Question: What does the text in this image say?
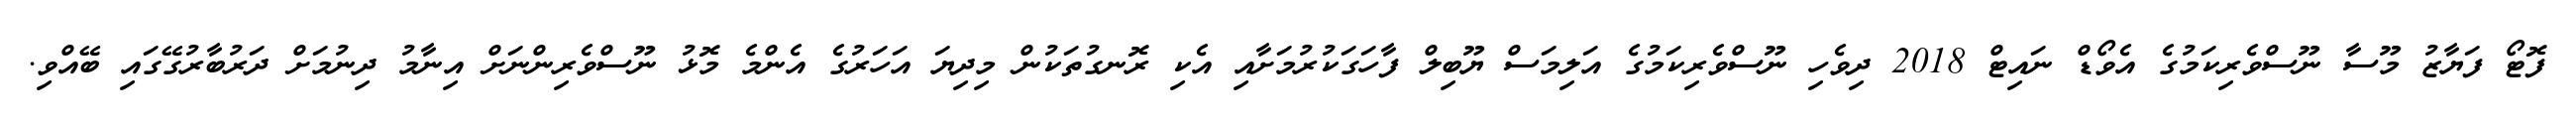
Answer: ފޮޓޯ ފަޔާޒު މޫސާ ނޫސްވެރިކަމުގެ އެވޯޑް ނައިޓް 2018 ދިވެހި ނޫސްވެރިކަމުގެ އަލިމަސް ޔޫބިލް ފާހަގަކުރުމަށާއި އެކި ރޮނގުތަކުން މިދިޔަ އަހަރުގެ އެންމެ މޮޅު ނޫސްވެރިންނަށް އިނާމު ދިނުމަށް ދަރުބާރުގޭގައި ބޭއްވި.